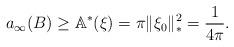
LaTeX: \begin{align*}a_{\infty}(B) \geq \mathbb{A}^*(\xi) = \pi \|\xi_0\|_*^2 = \frac{1}{4 \pi}.\end{align*}